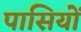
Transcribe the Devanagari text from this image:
पासियों